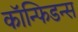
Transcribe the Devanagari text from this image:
कॉन्फिडन्स